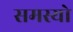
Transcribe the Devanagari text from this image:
समस्यो